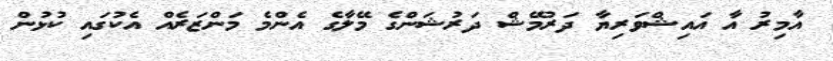
އާމިރު އާ އައިޝްވަރިޔާ ދަރުމޭޝް ދަރުޝަންގެ މޭލާގެ އެންމެ މަންޒަރެއް އެކުގައި ކުޅުން